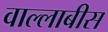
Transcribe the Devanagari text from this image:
वाल्लाबीस